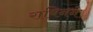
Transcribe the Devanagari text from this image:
राबिनने